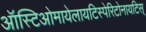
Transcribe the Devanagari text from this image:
ऑस्टिओमायेलायटिस्पेरिटोनायटिस्